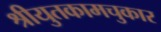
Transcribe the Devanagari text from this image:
श्रीयुतकामचुकार